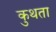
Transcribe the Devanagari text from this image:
कुथता